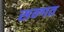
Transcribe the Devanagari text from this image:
सन्गत